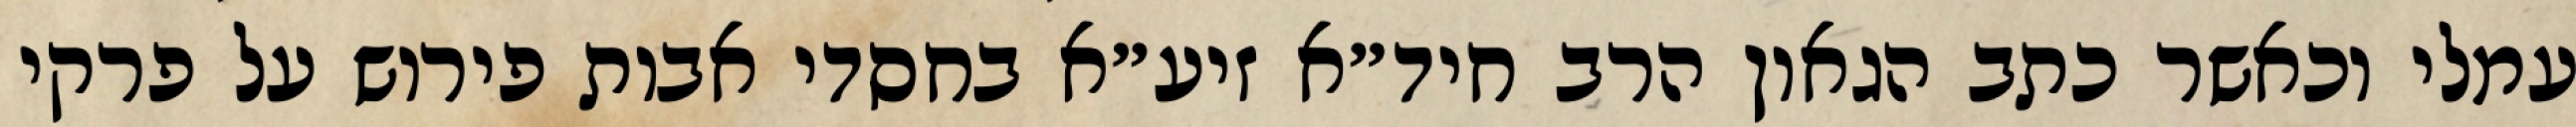
עמלי וכאשר כתב הגאון הרב חיד״א זיע״א בחסדי אבות פירוש על פרקי